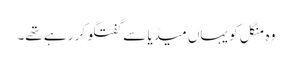
وہ منگل کو یہاں میڈیا سے گفتگو کر رہے تھے۔